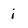
Character: i